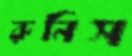
রুনিস